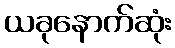
ယခုနောက်ဆုံး